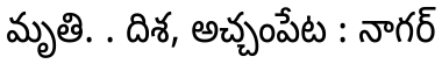
మృతి. . దిశ, అచ్చంపేట : నాగర్